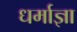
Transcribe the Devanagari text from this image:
धर्माज्ञा